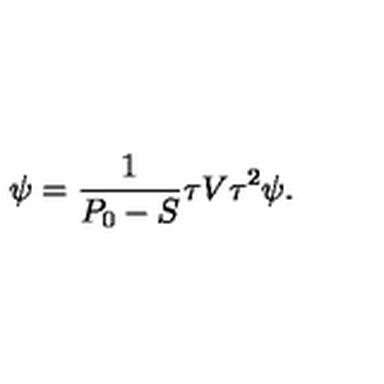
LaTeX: \psi = { \frac { 1 } { P _ { 0 } - S } } \tau V \tau ^ { 2 } \psi .